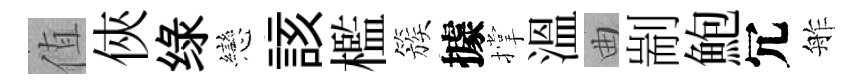
值俠绿戀該檻簇據撑溫曲剬鮑冗舴